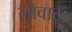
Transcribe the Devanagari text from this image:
लोवाटा